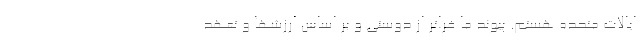
ایالات متحده هستم. پیوند ما فراتر از دوستی و بر اساس ارزشها و تعهد